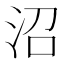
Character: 沼